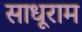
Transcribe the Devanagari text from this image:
साधूराम